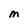
Character: M